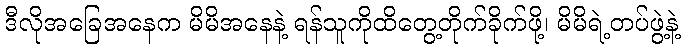
ဒီလိုအခြေအနေက မိမိအနေနဲ့ ရန်သူကိုထိတွေ့တိုက်ခိုက်ဖို့၊ မိမိရဲ့တပ်ဖွဲ့နဲ့